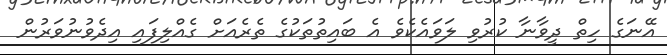
އޭނަގެ ހިތް ދީވާނާ ކުރުވި ލަވައެކެވެ އެ ބައިތުތަކުގެ ތެރެއަށް ގެއްލިފައި އިދެވުނުވަރުން